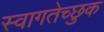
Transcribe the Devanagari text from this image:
स्वागतेच्छुक